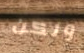
ولكن